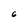
Character: 6